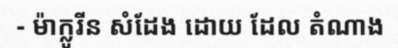
- ម៉ាក្លូរីន សំដែង ដោយ ដែល តំណាង